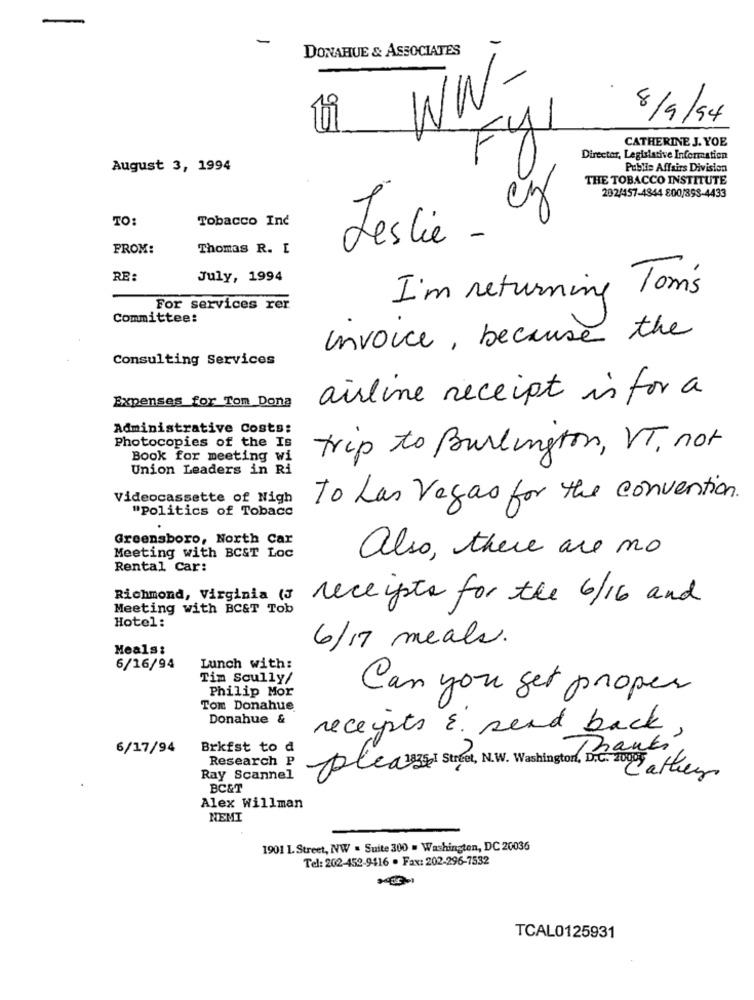
-
DONAHUE & ASSOCIATES
WW-
8/9/94
CATHERINE J. YOE
Fy
Director, Legislative Information
August 3, 1994
Public Affairs Division
THE TOBACCO INSTITUTE
202/457-4844 800/398-4433
TO:
Tobacco Inc
Leslie -
PROM:
Thomas R. L
RE:
July, 1994
I'm returning Tom's
For services rer
Committee:
invoice , because the
Consulting Services
Expenses for Tom Dona
airline receipt in for a
Administrative Costs:
Photocopies of the Is
trip to Burlington, VT, not
Book for meeting wi
Union Leaders in Ri
Videocassette of Nigh
To Las Vegas for the convention.
"politics of Tobacc
Greensboro, North Car
Meeting with BCST Loc
also, there are no
Rental Car:
Richmond, Virginia (3
receipts for the 6/16 and
Meeting with BC&T Tob
Hotel:
6/17 meals.
Meals:
6/16/94
Lunch with:
Tim Scully/
Philip Mor
Can you get proper
Ton Donahue
Donahue &
receipts E send back
6/17/94
Brkfst to d
sto Branki
Research P
Ray Scannel
Plea 3 Street, N.W. Washington, DC: 02/ a Hey
BC&T
Alex Willman
NEMI
1901 L. Street, NW . Suite 300 . Washington, DC 20036
Tel: 202-452-9416 . Fax: 202-296-7532
TCAL0125931